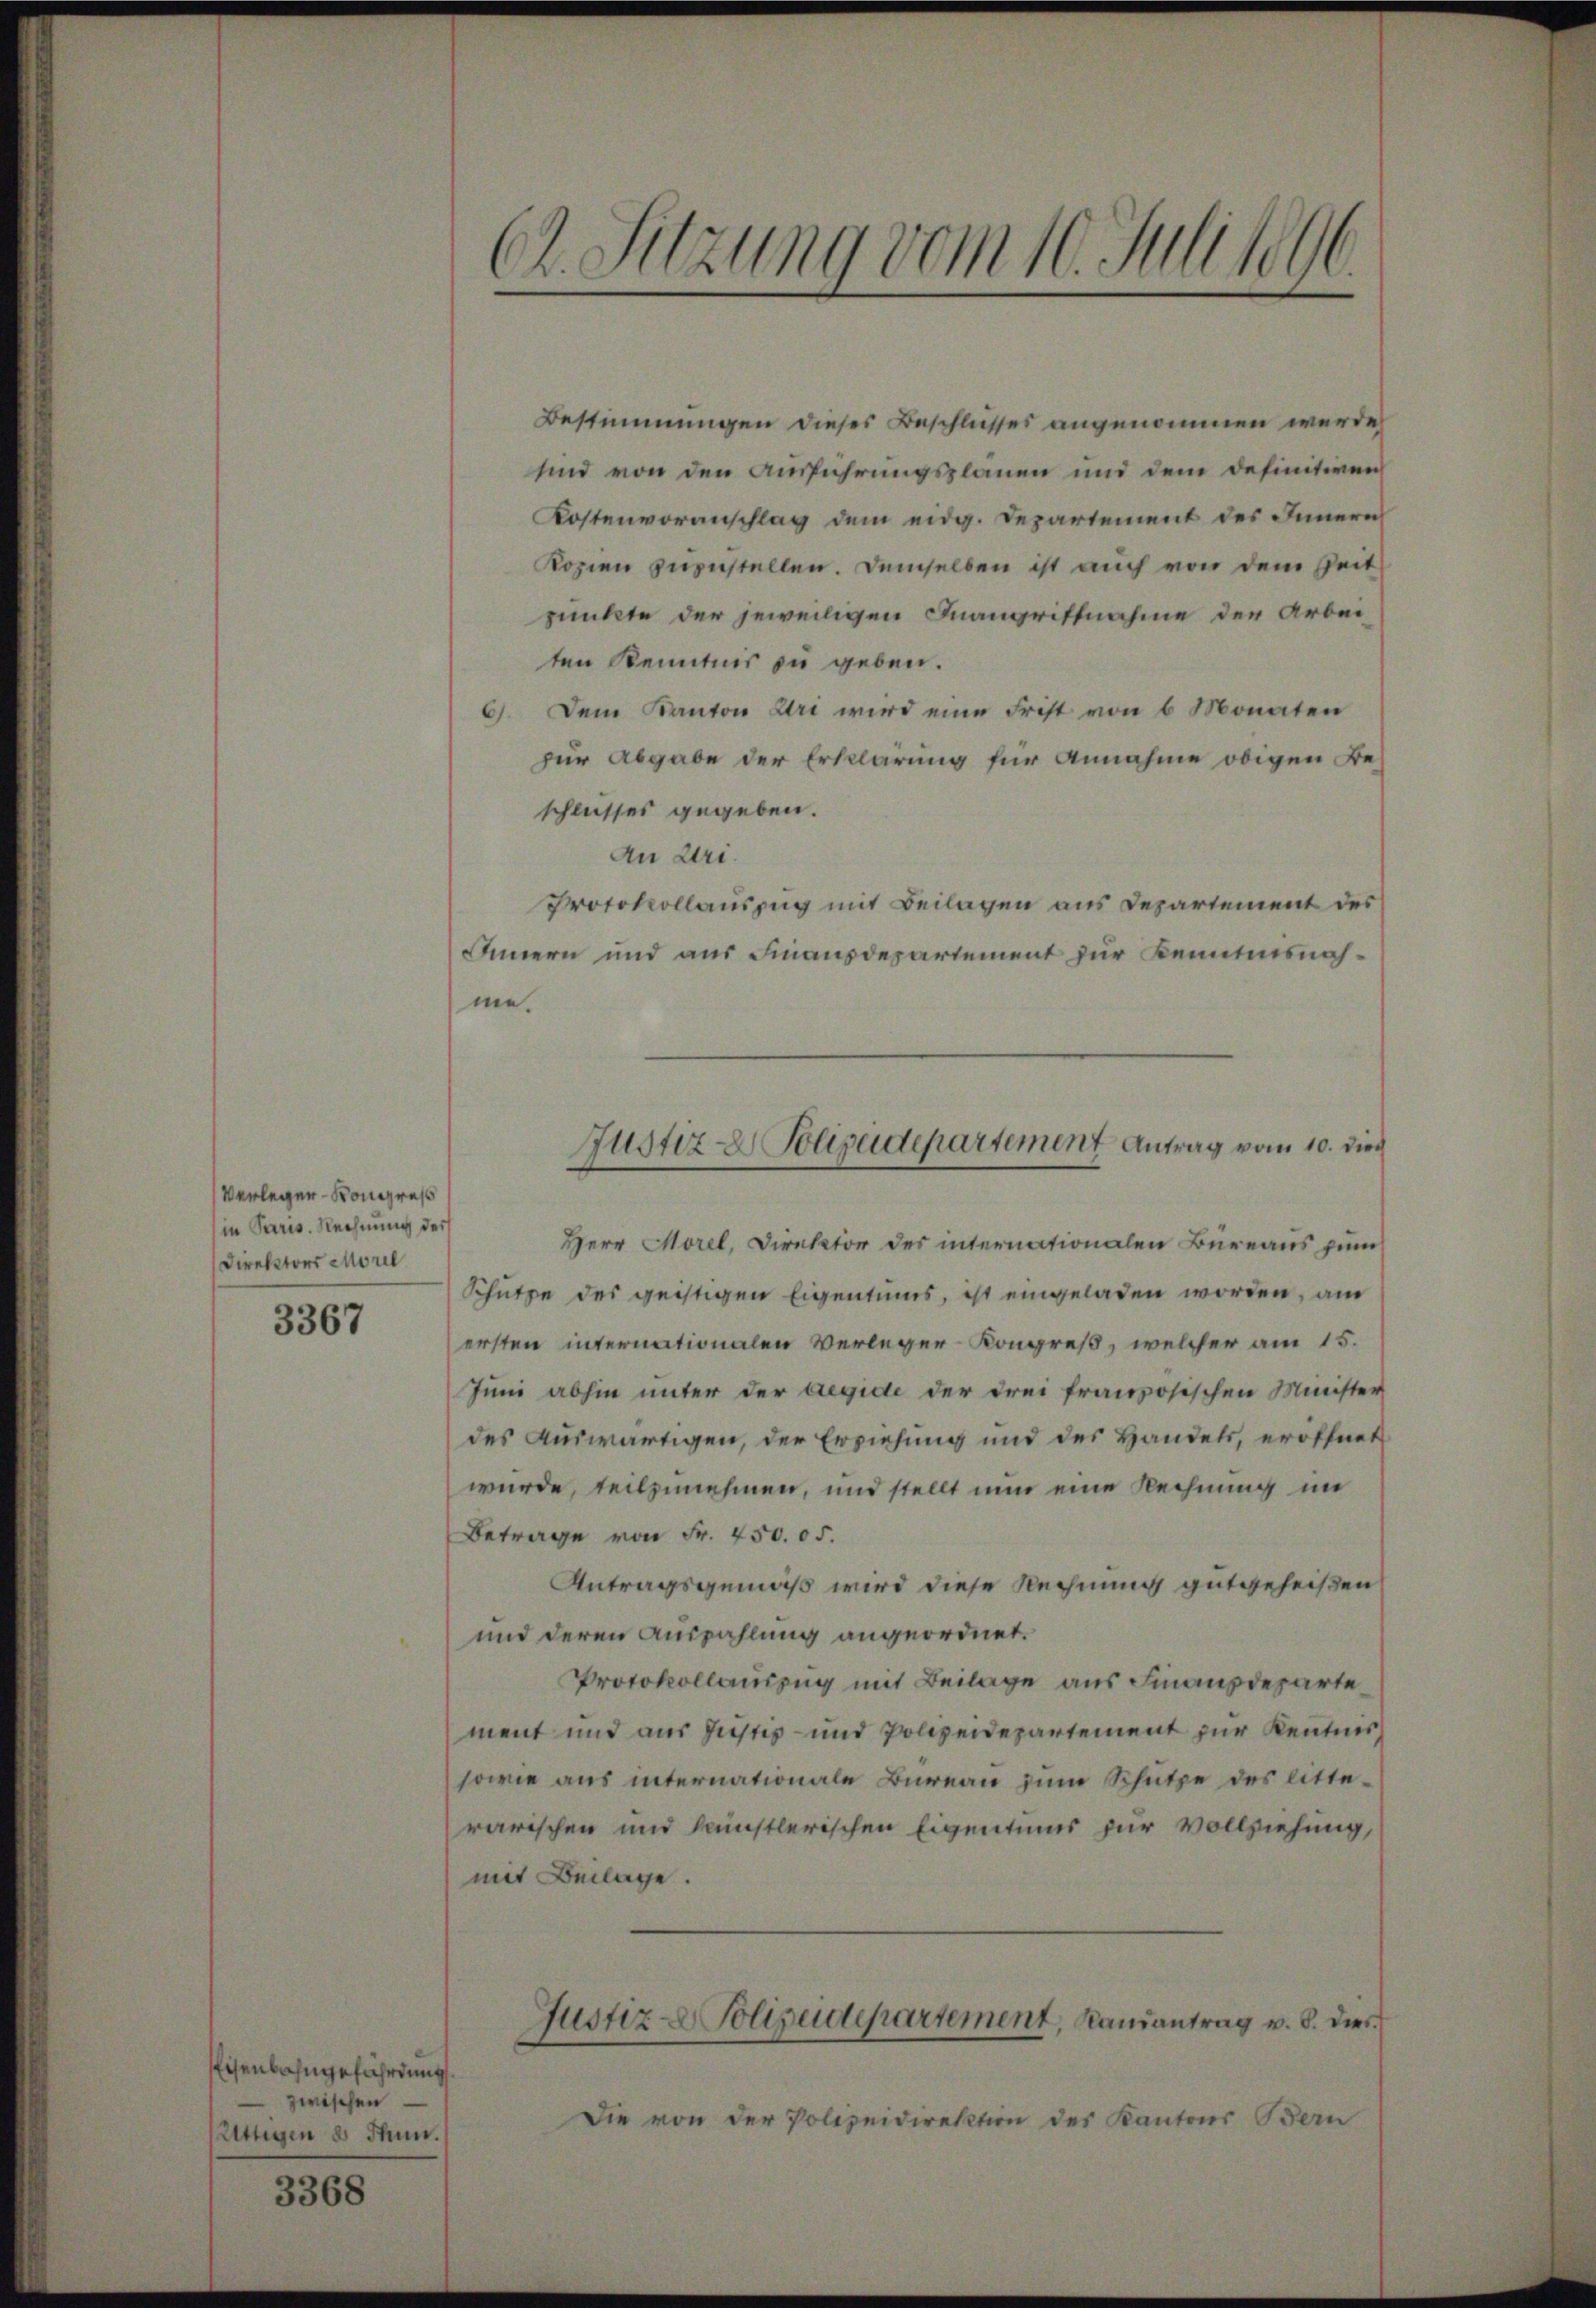
Verleger- Kongreß
in Paris. Rechnung der
Direktors Morel

3367

Eisenbahngefährdung.
zwischen
ättigen 8 Thun.

3368

.
C. Sitzung vom 10. Juli 1890.

Bestimmungen dieses Beschlusses angenommen werde
sind von den Ausführungsplanen und dem definitiven
Kostenvoranschlag dem eidg. Departement des Innern
Kozien zuzustellen. Demselben ist auch von dem Zeit
punkte der jeweiligen Inangriffnahme der Arbeiten Kenntnis zu geben.
6. Dem Kanton Uri wird eine Frist von 6 Monaten
zur Abgabe der Erklärung für Annahme obigen Beschlusses gegeben.
An Uri.
Protokollauszug mit Beilagen aus Departement des
Innern und aus Finanzdepartement zur Kenntnisnahme.
Herr Morel, Direktor des internationalen Bureaus zum
Schütze des geistigen Eigentums, ist eingeladen worden, am
ersten internationalen Verleger-Kongreß, welcher am 15.
Juni abhin unter der Aegide der drei französischen Minister
des Auswärtigen, der Erziehung und des Handels, eröffnet
wurde, teilzunehmen, und stellt nun eine Rechnung im
Betrage von Fr. 450. 05.
Antragsgemäß wird diese Rechnung gutgeheißen
und deren Auszahlung angeordnet.
Protokollauszug mit Beilage aus Finanzdeparte
ment und aus Justiz- und Polizeidepartement zur Kenntnis
sowie aus internationale Bureau zum Schütze des litterarischen und künstlerischen Eigentums für Vollziehung,
mit Beilage.
Justiz- & Polizeidepartement, Kamantrag v. 8. dies
Die von der Polizeidirektion des Kantons Bern

Justiz- & Polizeidepartement Antrag vom 10. dies